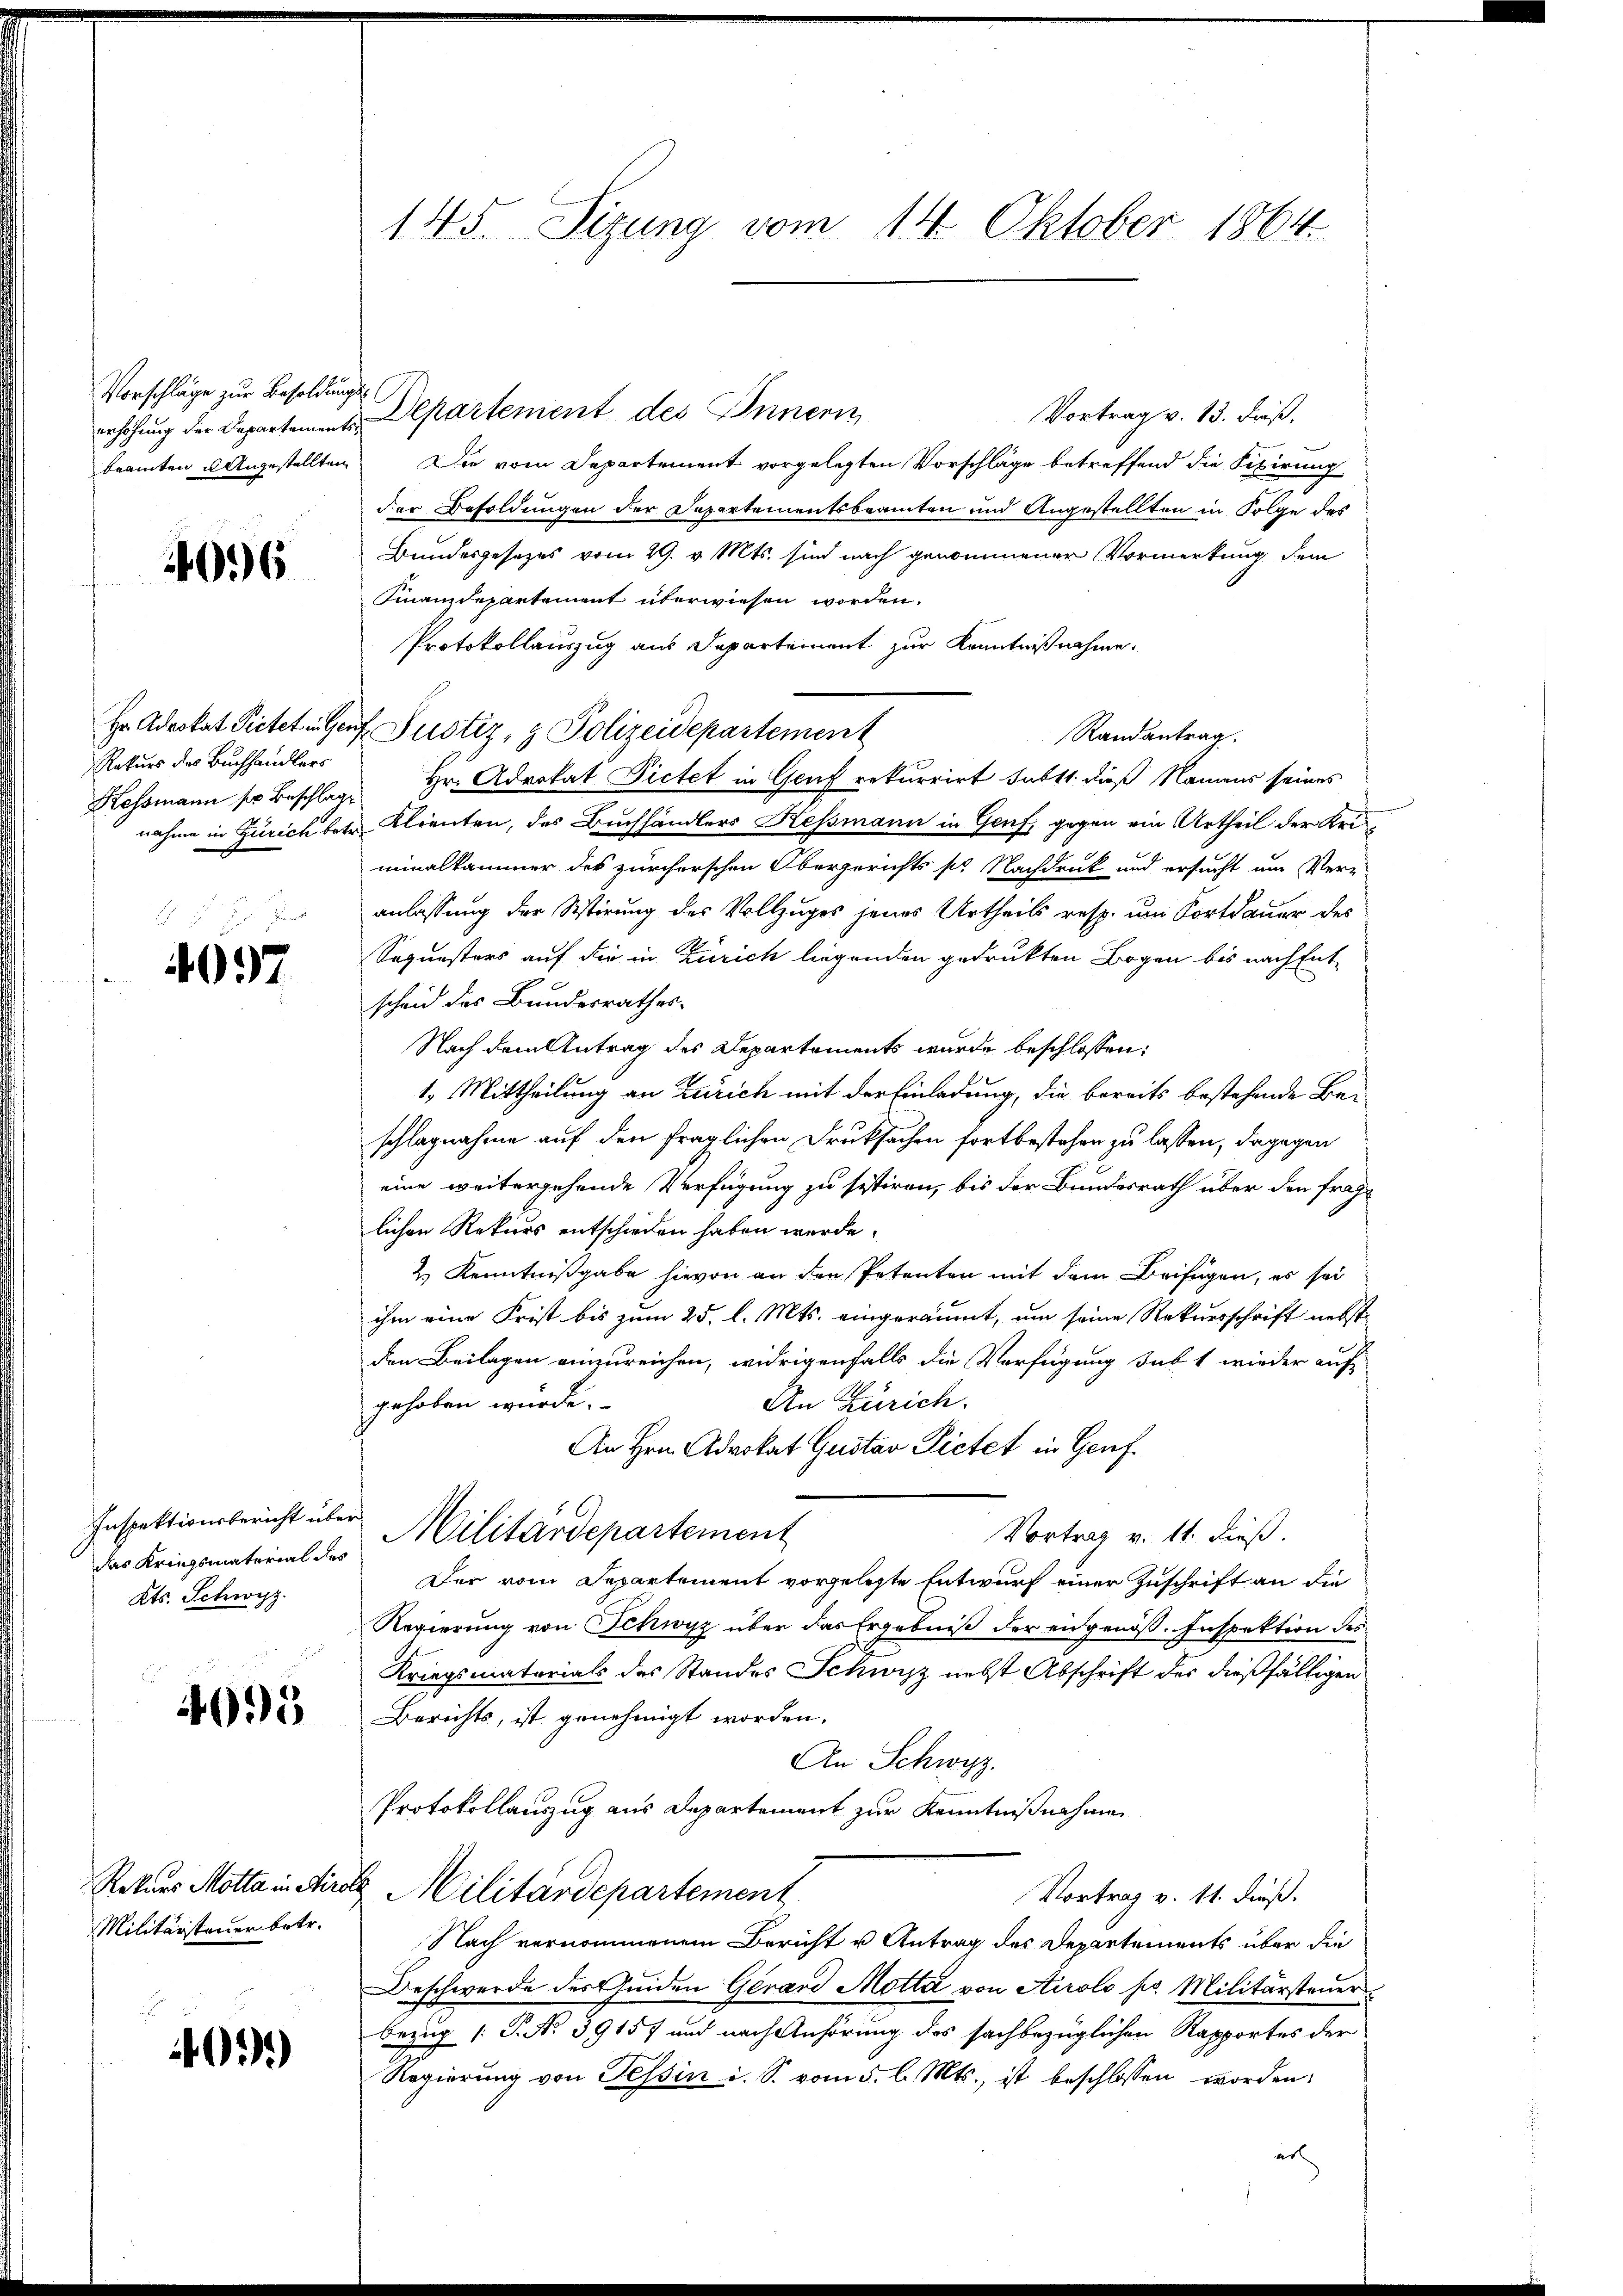
Vorschläge zur Besoldungserhöhung der Departementsbeamten u. Angestellten

096

Hr. Advokat Pietet in Gen
Rekurs des Buchhändlers
1

4097

das Kriegsmaterial des
Kts. Schwyz.

4095

Rekurs Motta in Airo
Militärsteuer betr.

03.)

145. Sizung vom 14. Oktober 1864.

Vortrag v. 13. dieß,
Die vom Departement vorgelegten Vorschläge betreffend die Fibirung
der Besoldungen der Departementsbeamten und Angestellten in Folge des
Bundesgesezes vom 29. v. Mts. sind nach genommener Vormerkung dem
Finanzdepartement überwiesen worden.
Protokollauszug aus Departement zur Kenntnißnahme.
 Justiz & Polizeidepartement
Randantrag.
Hessmann so Beschlag Hr. Advokat Pietet in Gruf rekurrirt satt. dieß Namens seines
nahme in Zürich betr. Klienten, des Buchhändlers Kessmann in Genf, gegen ein Urtheil der Uriminalkammer des zürcherschen Obergerichts pr. Nachdruck und ersucht um Verz
anlassung der Sistirung des Vollzuges jenes Urtheils resp. um Fortdauer des
Soquesters auf die in Zürich liegenden gedruckten Bogen bis nach Entscheid des Bundesrathes
Nach dem Antrag des Departements wurde beschlossen:
1. Mittheilung an Zürich mit der Einladung, die bereits bestehende Beschlagnahme auf den fraglichen Druksachen fortbestehen zu lassen, dagegen
eine weitergehende Verfügung zu sistiren, bis der Bundesrath über den fraglichen Rekurs entschieden haben werde.
2) Kenntnißgabe hievon an den Petenten mit dem Beifügen, es sei
ihm eine Frist bis zum 25. l. Mts. eingeräumt, um seine Rekursschrift nebst
den Beilagen einzureichen, widrigenfalls die Verfügung sub 1 wieder auf
gehoben wurde.
An Zürich.
An Hrn. Advokat Gustav Pietet in Genf
Inspektionsbericht über Militärdepartement
Vortrag v. 11. dieß.
Der vom Departement vorgelegte Entwurf einer Zuschrift an die
Regierung von Schwyz über das Ergebniß der eidgenöß. Inspektion des
Kriegsmaterials des Standes Schwyz nebst Abschrift des dießfälligen
Berichts, ist genehmigt worden,
An Schwyz.
Protokollauszug aus Departement zur Kenntnißnahme
2 Militärdepartement
Vortrag v. 11. dieß.
Nach vernommenem Bericht u Antrag des Departements über die
Beschwerde des Quiden Gerand Motta von Airolo pr. Militärsteuer
bezug [P. Nr. 39157 und nach Anhörung des sachbezüglichen Rapportes der
Regierung von Tessin i. S. vom 5. l. Mts., ist beschlossen worden:
er

Departement des Innern